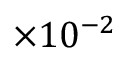
\times 1 0 ^ { - 2 }